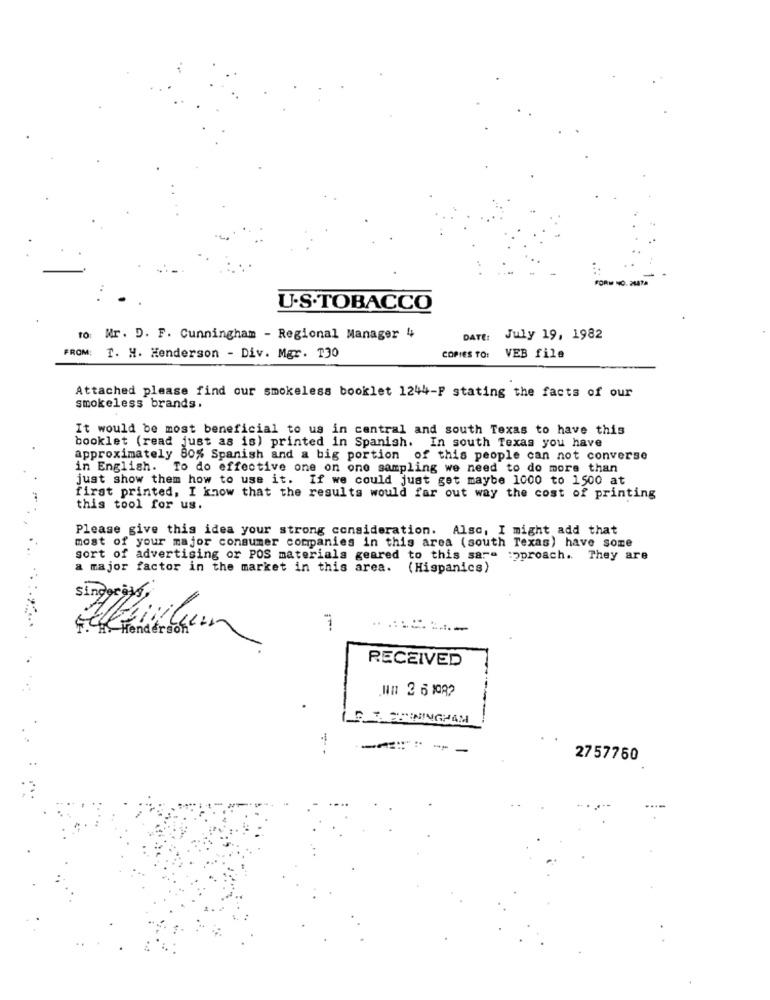
FORM NO. 2147A
U.S.TOBACCO
to: Nr. D. F. Cunningham - Regional Manager 4
DATE: July 19, 1982
FROM:
I. H. Henderson - Div. Mgr. 130
COPIES TO:
VEB file
Attached please find our smokeless booklet 1244-P stating the facts of our
smokeless brands.
It would be most beneficial to us in central and south Texas to have this
booklet (read just as is) printed in Spanish. In south Texas you have
approximately 80% Spanish and a big portion of this people can not converse
in English. To do effective one on one sampling we need to do more than
just show them how to use it. If we could just get maybe 1000 to 1500 at
first printed, I know that the results would far out way the cost of printing
this tool for us.
Please give this idea your strong consideration. Also, I might add that
most of your major consumer companies in this area (south Texas) have some
sort of advertising or POS materials geared to this sare :pproach. They are
a major factor in the market in this area.
(Hispanics)
Singers
F. Henderson
.::====
RECEIVED
.Hn 2 5 1082
.
S & AMENINGHAM
==== == -
2757750